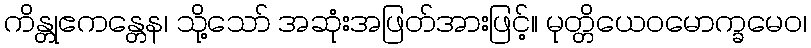
ကိန္တုဧကန္တေန၊ သို့သော် အဆုံးအဖြတ်အားဖြင့်။ မုတ္တိယေဝမောက္ခမေဝ၊